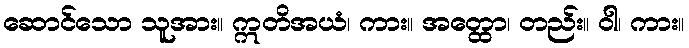
ဆောင်သော သူအား။ ဣတိအယံ၊ ကား။ အတ္ထော၊ တည်း။ ဝါ၊ ကား။